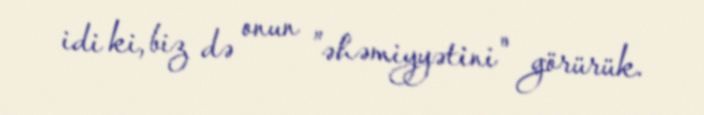
idi ki, biz də onun ”əhəmiyyətini" görürük.